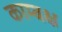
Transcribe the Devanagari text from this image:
काम्बक्ष